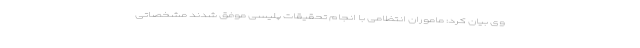
وی بیان کرد: ماموران انتظامی با انجام تحقیقات پلیسی موفق شدند مشخصاتی